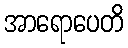
အာရောပေတိ